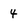
Character: 4